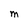
Character: M